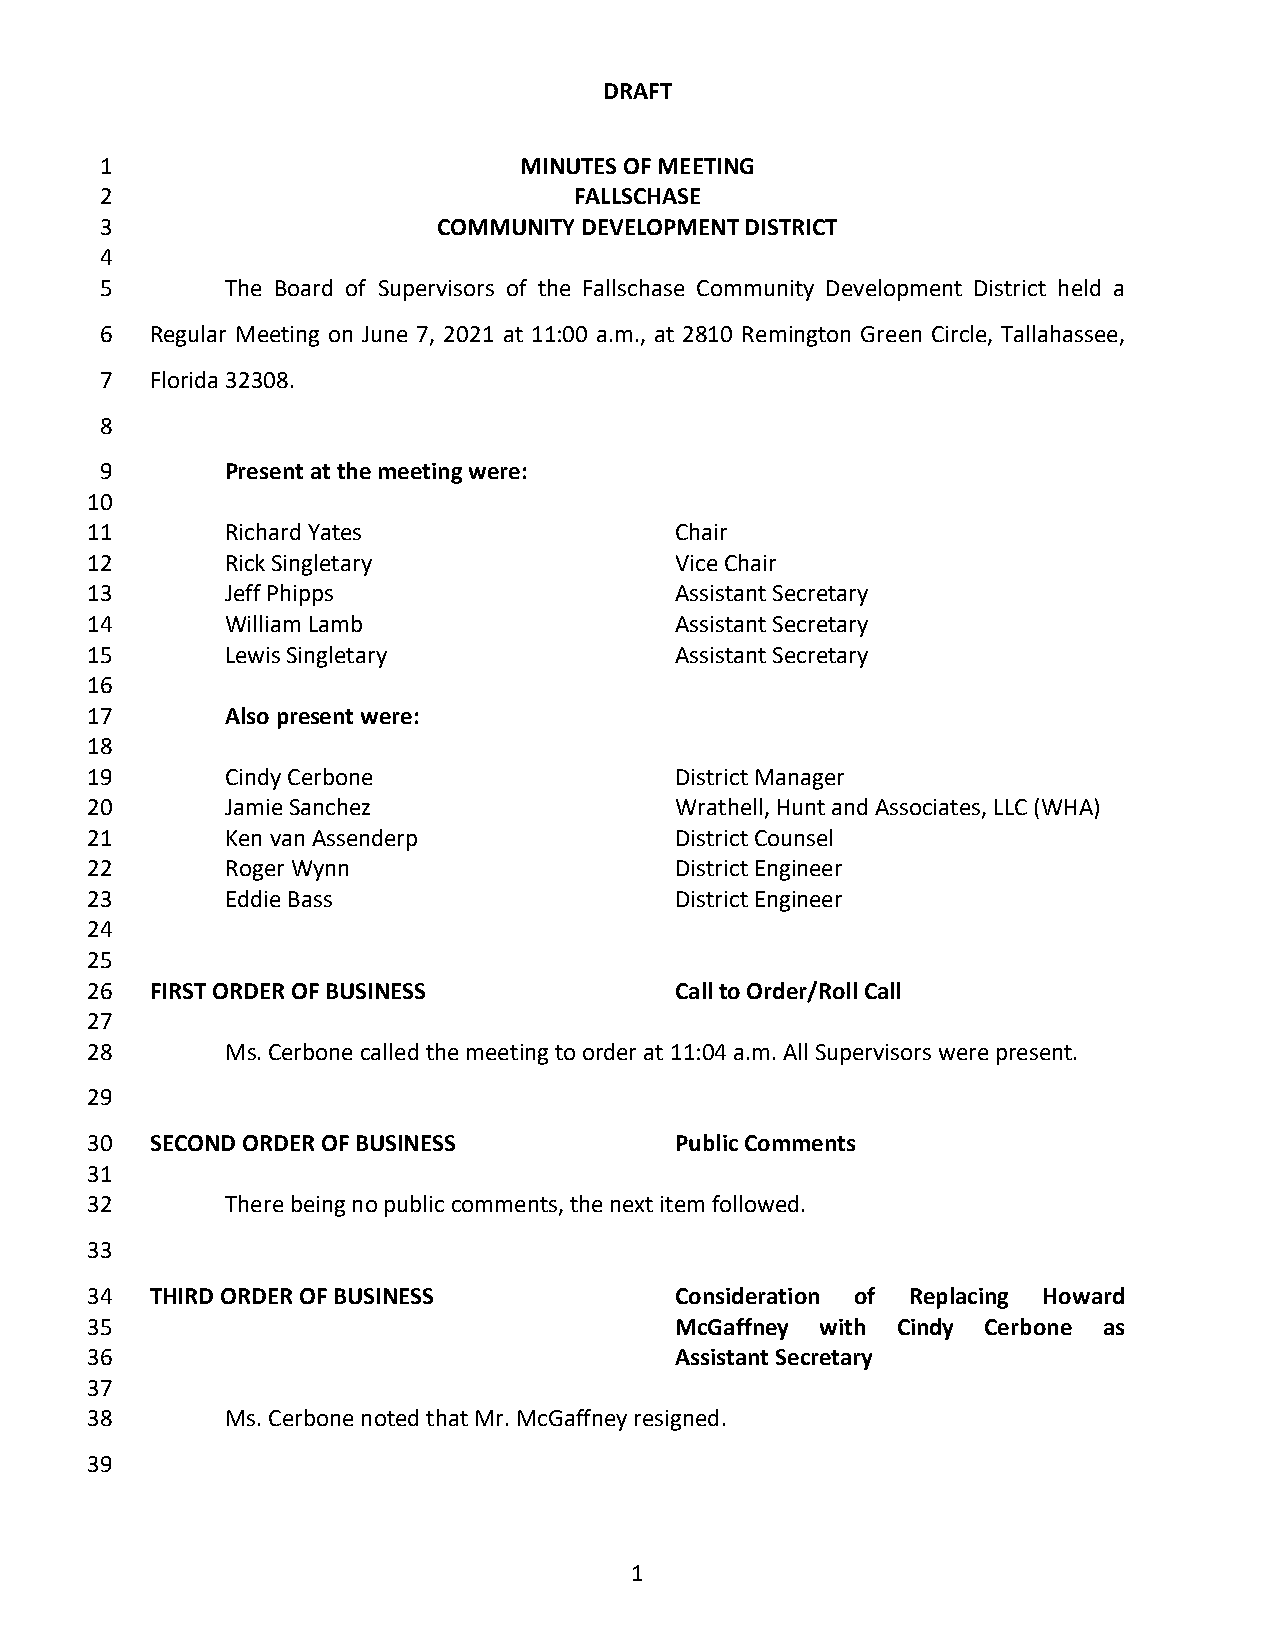
DRAFT
 1                          MINUTES OF MEETING
 2                              FALLSCHASE
 3                     COMMUNITY DEVELOPMENT DISTRICT
 4
 5       The Board of Supervisors of the Fallschase Community Development District held a
 6  Regular Meeting on June 7, 2021 at 11:00 a.m., at 2810 Remington Green Circle, Tallahassee,
 7  Florida 32308.
 8
 9       Present at the meeting were:
 10
 11       Richard Yates                 Chair
 12       Rick Singletary               Vice Chair
 13       Jeff Phipps                   Assistant Secretary
 14       William Lamb                  Assistant Secretary
 15       Lewis Singletary              Assistant Secretary
 16
 17       Also present were:
 18
 19       Cindy Cerbone                 District Manager
 20       Jamie Sanchez                 Wrathell, Hunt and Associates, LLC (WHA)
 21       Ken van Assenderp             District Counsel
 22       Roger Wynn                    District Engineer
 23       Eddie Bass                    District Engineer
 24
 25
 26  FIRST ORDER OF BUSINESS            Call to Order/Roll Call
 27
 28       Ms. Cerbone called the meeting to order at 11:04 a.m. All Supervisors were present.
 29
 30  SECOND ORDER OF BUSINESS           Public Comments
 31
 32       There being no public comments, the next item followed.
 33
 34  THIRD ORDER OF BUSINESS            Consideration of Replacing Howard
 35                                     McGaffney with Cindy Cerbone as
 36                                     Assistant Secretary
 37
 38       Ms. Cerbone noted that Mr. McGaffney resigned.
 39
 1